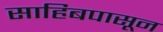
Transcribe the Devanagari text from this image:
साहिबपासून